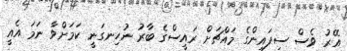
އޭރު ވެސް ސިފައިންގެ މައްޗަށް ރައީސްގެ ބާރު ނުހިނގަނީ ކަމަށްވާ ނަމަ އެއީ